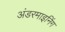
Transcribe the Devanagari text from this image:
अंडरमाइनिंग